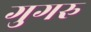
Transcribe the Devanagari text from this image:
गुगरु